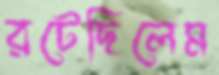
রটেছিলেম